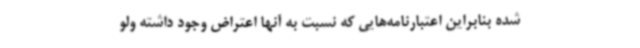
شده بنابراین اعتبارنامه‌هایی که نسبت به آنها اعتراض وجود داشته ولو